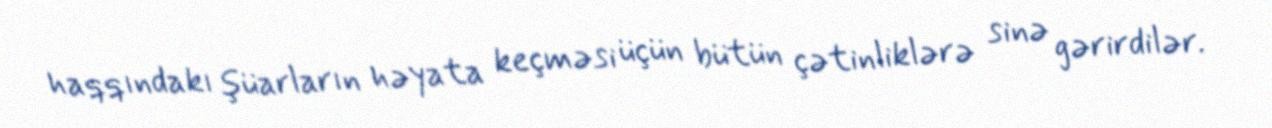
haqqındakı şüarların həyata keçməsi üçün bütün çətinliklərə sinə gərirdilər.